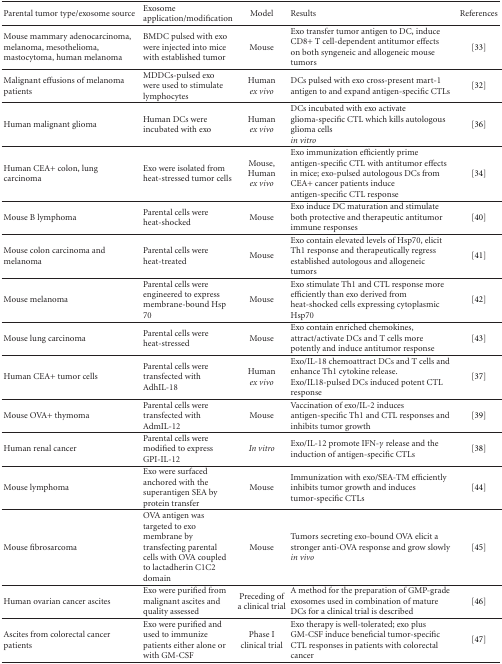
<table><thead><tr><td><b> Parental tumor type/exosome source</b></td><td><b>Exosome application/modification</b></td><td><b>Model</b></td><td><b>Results</b></td><td><b>References</b></td></tr></thead><tbody><tr><td>Mouse mammary adenocarcinoma, melanoma, mesothelioma, mastocytoma, human melanoma</td><td>BMDC pulsed with exo were injected into mice with established tumor</td><td>Mouse</td><td>Exo transfer tumor antigen to DC, induce CD8+ T cell-dependent antitumor effects on both syngeneic and allogeneic mouse tumors</td><td>[33] </td></tr><tr><td>Malignant effusions of melanoma patients</td><td>MDDCs-pulsed exo were used to stimulate lymphocytes</td><td>Human<i>ex vivo </i></td><td>DCs pulsed with exo cross-present mart-1 antigen to and expand antigen-specific CTLs</td><td> [32] </td></tr><tr><td>Human malignant glioma</td><td>Human DCs were incubated with exo</td><td>Human<i>ex vivo </i></td><td>DCs incubated with exo activate glioma-specific CTL which kills autologous glioma cells<i>in vitro </i></td><td>[36] </td></tr><tr><td>Human CEA+ colon, lung carcinoma</td><td>Exo were isolated from heat-stressed tumor cells</td><td>Mouse, Human<i>ex vivo </i></td><td>Exo immunization efficiently prime antigen-specific CTL with antitumor effects in mice; exo-pulsed autologous DCs from CEA+ cancer patients induce antigen-specific CTL response</td><td> [34] </td></tr><tr><td>Mouse B lymphoma</td><td>Parental cells were heat-shocked</td><td>Mouse</td><td>Exo induce DC maturation and stimulate both protective and therapeutic antitumor immune responses</td><td> [40] </td></tr><tr><td>Mouse colon carcinoma and melanoma</td><td>Parental cells were heat-treated</td><td>Mouse</td><td>Exo contain elevated levels of Hsp70, elicit Th1 response and therapeutically regress established autologous and allogeneic tumors</td><td>[41] </td></tr><tr><td>Mouse melanoma</td><td>Parental cells were engineered to express membrane-bound Hsp 70</td><td>Mouse</td><td>Exo stimulate Th1 and CTL response more efficiently than exo derived from heat-shocked cells expressing cytoplasmic Hsp70</td><td> [42] </td></tr><tr><td>Mouse lung carcinoma</td><td>Parental cells were heat-stressed</td><td>Mouse</td><td>Exo contain enriched chemokines, attract/activate DCs and T cells more potently and induce antitumor response</td><td> [43] </td></tr><tr><td>Human CEA+ tumor cells</td><td>Parental cells were transfected with AdhIL-18</td><td>Human <i>ex vivo </i></td><td>Exo/IL-18 chemoattract DCs and T cells and enhance Th1 cytokine release. Exo/IL18-pulsed DCs induced potent CTL response</td><td> [37] </td></tr><tr><td>Mouse OVA+ thymoma</td><td>Parental cells were transfected with AdmIL-12</td><td>Mouse</td><td>Vaccination of exo/IL-2 induces antigen-specific Th1 and CTL responses and inhibits tumor growth</td><td>[39] </td></tr><tr><td>Human renal cancer</td><td>Parental cells were modified to express GPI-IL-12</td><td><i>In vitro</i></td><td>Exo/IL-12 promote IFN-<i>γ</i> release and the induction of antigen-specific CTLs</td><td>[38] </td></tr><tr><td>Mouse lymphoma</td><td>Exo were surfaced anchored with the superantigen SEA by protein transfer</td><td>Mouse</td><td>Immunization with exo/SEA-TM efficiently inhibits tumor growth and induces tumor-specific CTLs</td><td> [44] </td></tr><tr><td>Mouse fibrosarcoma</td><td>OVA antigen was targeted to exo membrane by transfecting parental cells with OVA coupled to lactadherin C1C2 domain</td><td>Mouse</td><td>Tumors secreting exo-bound OVA elicit a stronger anti-OVA response and grow slowly <i>in vivo </i></td><td> [45] </td></tr><tr><td>Human ovarian cancer ascites</td><td>Exo were purified from malignant ascites and quality assessed</td><td>Preceding of a clinical trial</td><td>A method for the preparation of GMP-grade exosomes used in combination of mature DCs for a clinical trial is described</td><td>[46] </td></tr><tr><td>Ascites from colorectal cancer patients</td><td>Exo were purified and used to immunize patients either alone or with GM-CSF</td><td>Phase I clinical trial</td><td>Exo therapy is well-tolerated; exo plus GM-CSF induce beneficial tumor-specific CTL responses in patients with colorectal cancer</td><td> [47]</td></tr></tbody></table>